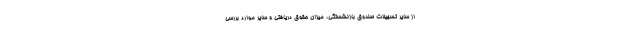
از سایر تسهیلات صندوق بازنشستگی، میزان حقوق دریافتی و سایر موارد بررسی